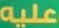
عليه